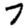
Digit: 7